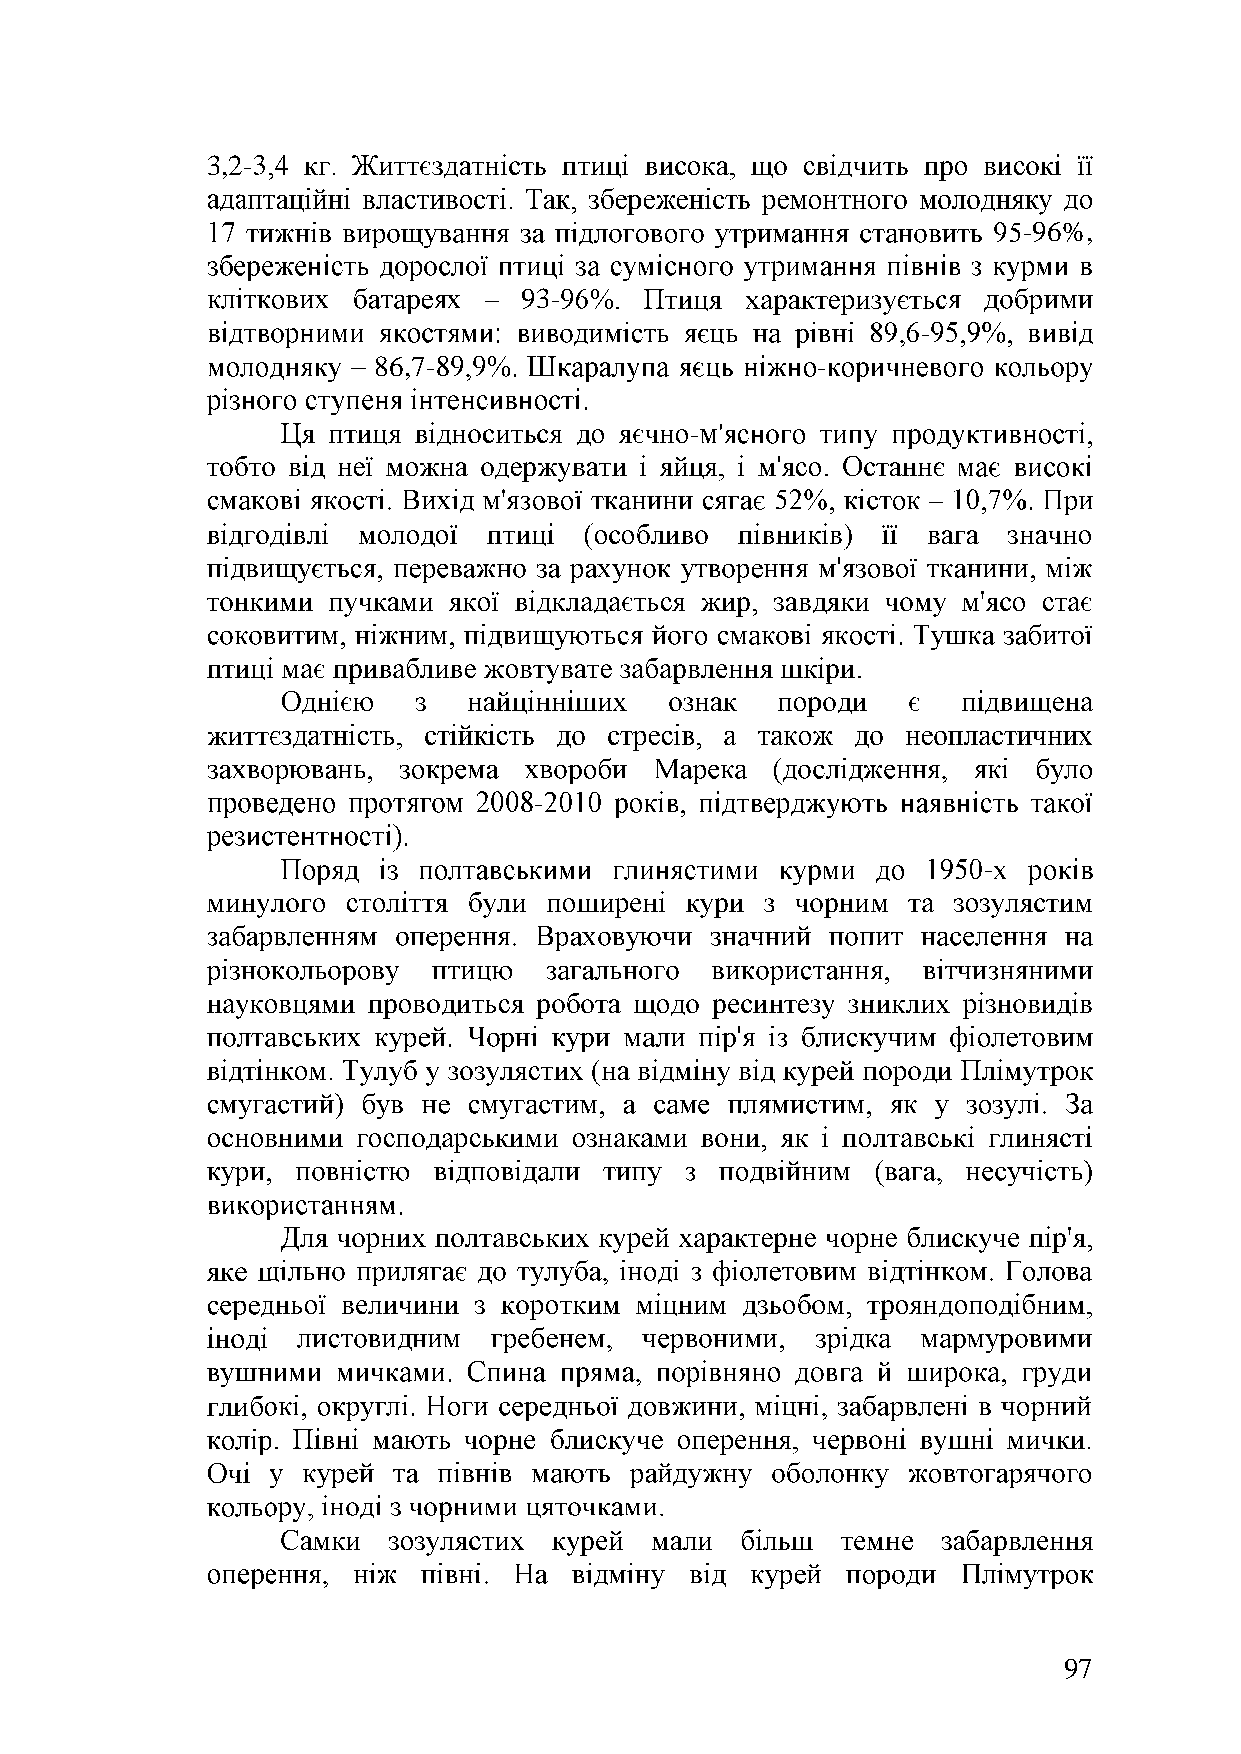
3,2-
 -96%,
 93-
 -
 86,7-                        -
 - '
 -
 -
 97